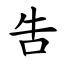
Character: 吿